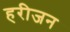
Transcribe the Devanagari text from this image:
हरीजन